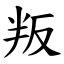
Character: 叛